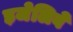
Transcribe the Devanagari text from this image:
ड़जेलिवे